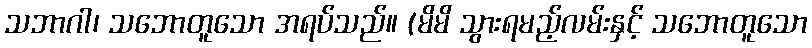
သဘာဂါ၊ သဘောတူသော အရပ်သည်။ (မိမိ သွားရမည့်လမ်းနှင့် သဘောတူသော